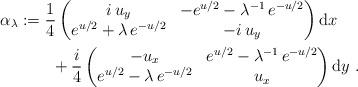
LaTeX: \begin{align*}\alpha_\lambda & : = \frac{1}{4} \begin{pmatrix} i\,u_y & -e^{u/2} - \lambda^{-1}\,e^{-u/2} \\ e^{u/2}+\lambda\,e^{-u/2} & -i\,u_y \end{pmatrix} \mathrm{d}x \\& \qquad+ \frac{i}{4} \begin{pmatrix} -u_x & e^{u/2}-\lambda^{-1}\,e^{-u/2} \\ e^{u/2}-\lambda\,e^{-u/2} & u_x \end{pmatrix}\mathrm{d}y \; . \end{align*}